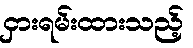
ငှားရမ်းထားသည့်